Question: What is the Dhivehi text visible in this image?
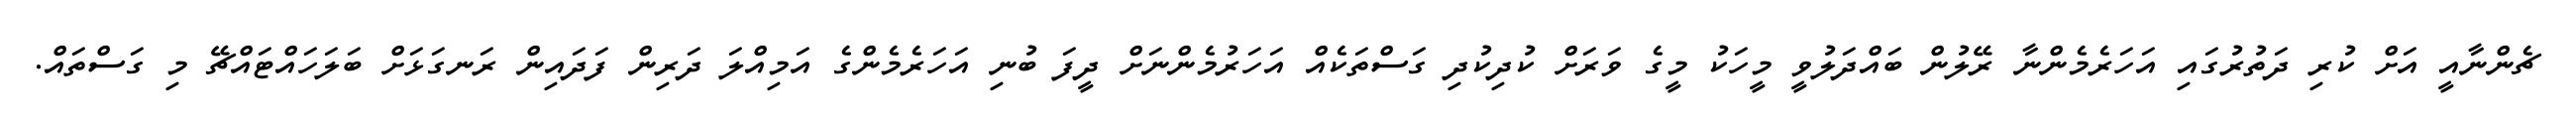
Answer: ޗެންނާއީ އަށް ކުރި ދަތުރުގައި އަހަރެމެންނާ ރޭލުން ބައްދަލުވީ މީހަކު މީގެ ވަރަށް ކުދިކުދި ގަސްތަކެއް އަހަރުމެންނަށް ދީފަ ބުނި އަހަރެމެންގެ އަމިއްލަ ދަރިން ފަދައިން ރަނގަޅަށް ބަލަހައްޓައްޗޭ މި ގަސްތައް.